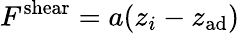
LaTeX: F^{\mathrm{shear}}=a(z_{i}-z_{\mathrm{ad}})